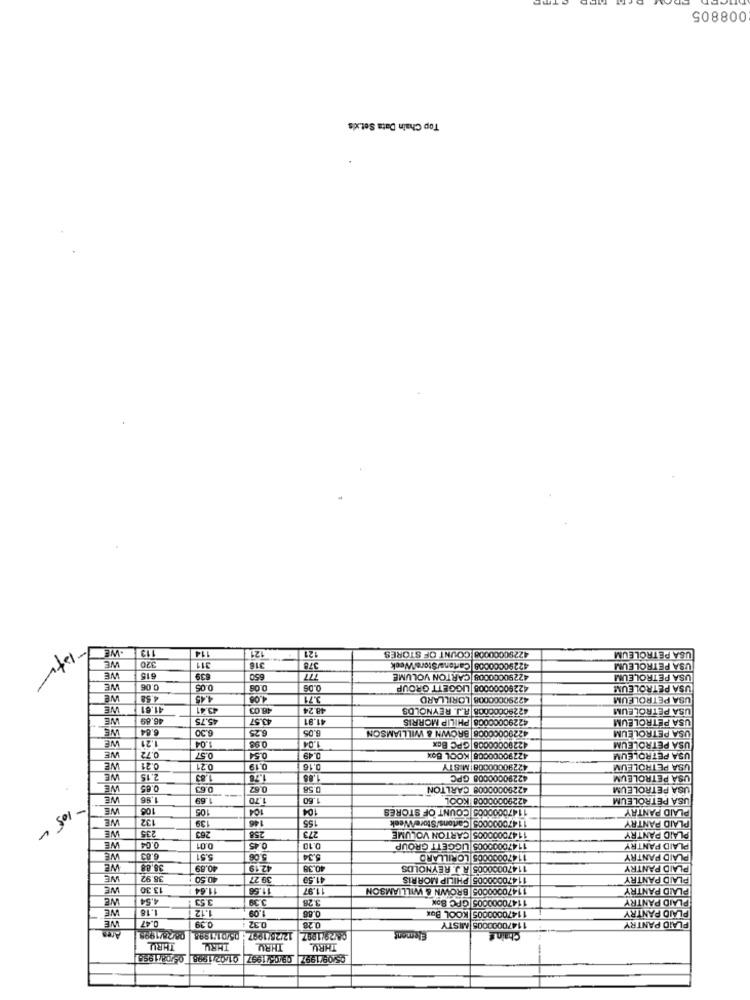
008805
Top Chain Data Set.xls
13
.WE
114
121
121
42290000008 COUNT OF STORES
USA PETROLEUM
WE
370
311
316
378
42290000008 Cartone/Store/Week
USA PETROLEUM
WE
515
839
650
42290000008 CARTON VOLUME
USA PETROLEUM
WE
0.06
0.05
0.08
0.06
42290000008 LIGGETT GROUP
USA PETROLEUM
we
4.58
4.45
4.08
3.71
42290000008 LORILLARD
USA PETROLEUM
WE
41.61
43.41
48.03
48.24
42290000008 R.J. REYNOLDS
USA PETROLEUM
WE
46.69
5.75
43.57
1.91
42290000008 PHILIP MORRIS
USA PETROLEUM
WE
6.64
6.30
3.25
6.05
42290000008 BROWN & WILLIAMSON
1.21
USA PETROLEUM
WE
1.04
0.98
1.04
42200000008 GPC Box
USA PETROLEUM
NE
0.72
0.57
0.54
0.49
42790000008 KOOL Box
USA PETROLEUM
WE
0.21
0.21
0.19
0.16
42290000008 M.STY
USA PETROLEUM
WE
2.15
1.83
1.78
1.85
42290000008 GPC
USA PETROLEUM
WE
0.65
0.63
0.67
0.58
42200000008 CARLTON
USA PETROLEUM
NE
1.86
1.69
1.70
1.60
42290000000 KOOL
USA PETROLEUM
NE
108
105
104
04
11470000005 COUNT OF STORES
PLAID PANTRY
WE
132
139
146
155
11470000003 Cartons/Store/Week
263
273
PLAID PANTRY
-105-
WE
235
258
11470000005 CARTON VOLUME
PLAID PANTRY
WE
0.04
0.01
0.45
0.10
11470000005 LIGGETT GROUP
PLAID PANTRY
WE
6.83
5.51
5.06
6.34
11470000005 LORILLARD
PLAID PANTRY
WE
38.88
40.69
42.19
40.38
11470000005 R.J. REYNOLDS
PLAID PANTRY
WE
38.92
40.50
39 .27
41.59
11470000005 PHILIP MORRIS
PLAID PANTRY
WE
13.30
1.64
11.56
11.97
11470000005 BROWN & WILLIAMSON
PLAID PANTRY
NE
4.54
3.53
3.28
11470000005 GPC Box
PLAID PANTRY
WE
1.16
1.12
11470000005 KOOL Box
PLAID PANTRY
1.09
0.86
0.47
0.39
0.32
0.28
11470000005 MISTY
PLAID PANTRY
08/28/199
12/26/1997 : 05/01/1985
Element
Chain &
THRIL
THRU
THRY
THRU
05/09/1997 09/05/1997 01:02/1998 05/08/998